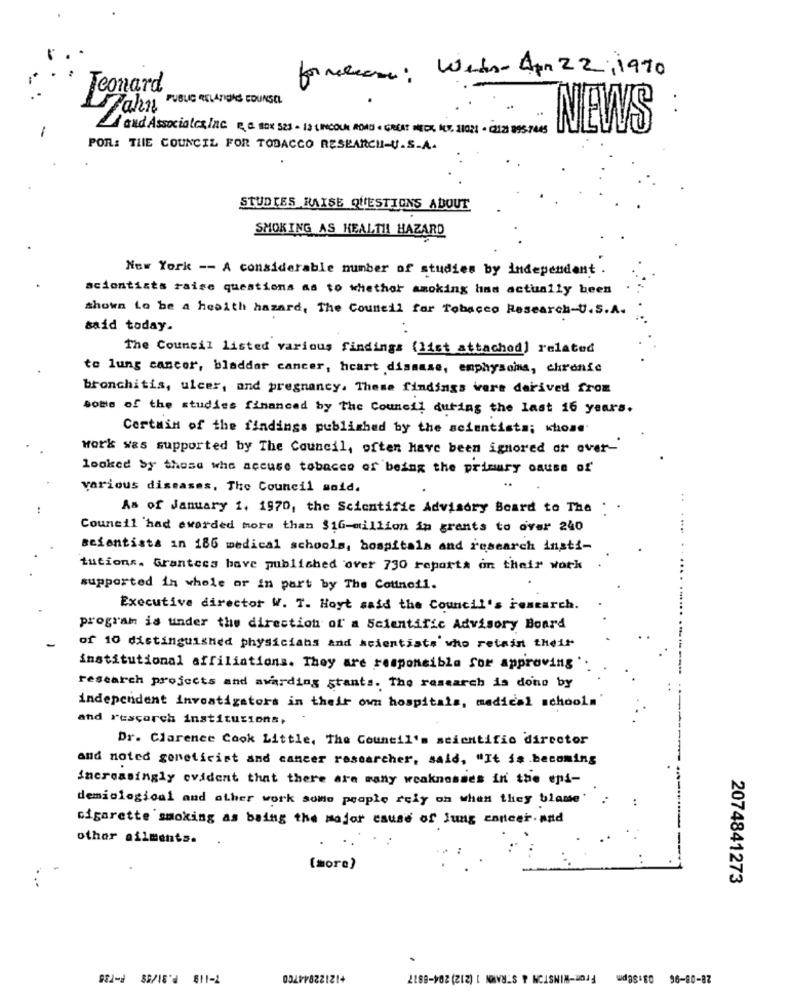
formation: Wed Apr 22, 1990
Teonard
PUBLIC RELATIONS EDUNSEL
Fahn
..
-
and Associates Inc PC BOX 523 - 13 LINCOLN ROAD . GREAT NECK NET. 11021 - 22 99STARS
NEWS
POR: THE COUNCIL FOR TOBACCO RESEARCH-U.S.A.
STUDIES RAISE QUESTIONS ABOUT
SMOKING AS HEALTH! HAZARD
New York -- A considerable number of studies by independent .
scientists raise questions as to whether smoking hiss actually been
shown to be a heaith hazard, The Council for Tobacco Research-U.S.A.
said today.
The Council listed various findings (list attachod] related
to lung cancer, bladder cancer, heart disease, emphysoms, chronic
bronchitis, ulcer, and pregnancy. These findings were derived from
solis of the studies financed by The Council during the last 16 years.
Certain of the findings published by the scientists; whose
work was supported by The Council, often have been ignored or over-
looked by those who accuse tobacco of being the primary cause of
various diseases, The Council sold.
+ .
As of January 1. 1970, the Scientific Advisory Board to The . .
Council 'had awarded more than $1G-million in grants to over 240
. ...
scientists in 186 medical schools, hospitals and research insti-
tutions. Grantees bave published over 730 reports on their work
supported in whole or in part by The Cottnell.
Executive director W. T. Hoyt said the Council's research.
program is under the direction of a Scientific Advisory Board
of 10 distinguished physicians and scientists who retain their
institutional affiliations. They are responsible Sor approving
research projects and awarding stants. The research is done by
independent investigators in their own hospitals, medical school.
and rescarch institutions,
Dr. Clarence Cook Little, The Council's scientific director
and noted geneticist and cancer researcher, said, "It is becoming
increasingly evident that there are many weaknesses in the epi-
demiological and other work some people rely on when they blame'
cigarette smoking as being the major cause of Jung enneer.and
other ailments.
[more)
2074841273
+12122044700
12-1218' 611-1